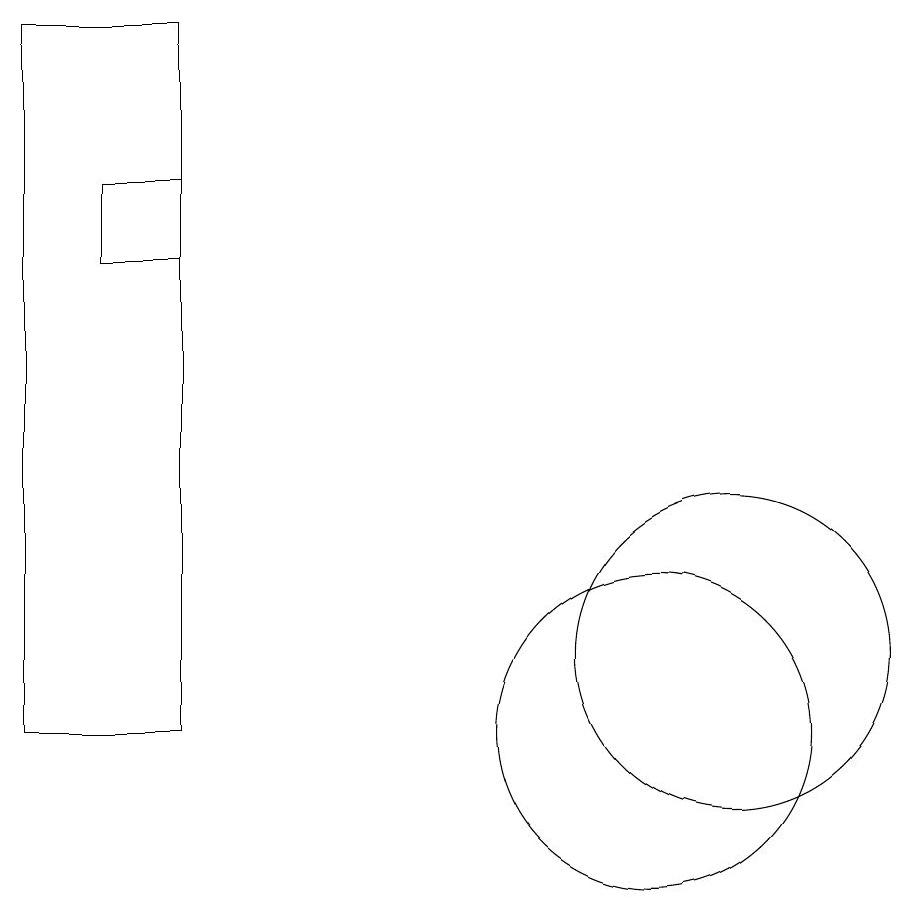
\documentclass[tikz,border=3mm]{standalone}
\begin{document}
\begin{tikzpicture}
\draw (4,16) rectangle (3,17);
\draw (10,10) circle (2);
\draw (11,11) circle (2);
\draw (2,10) rectangle (4,19);
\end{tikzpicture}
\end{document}